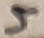
Text: 5